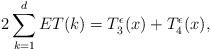
LaTeX: \begin{align*} 2 \sum_{k=1}^d ET(k) = T_3^\epsilon(x) + T_4^\epsilon(x), \end{align*}